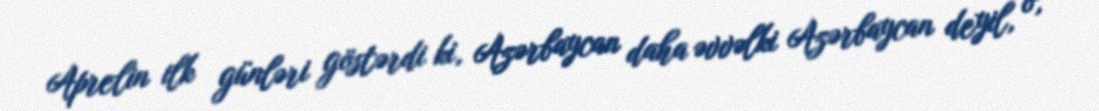
Aprelin ilk günləri göstərdi ki, Azərbaycan daha əvvəlki Azərbaycan deyil, o,